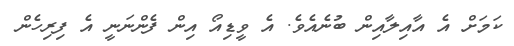
ކަމަށް އެ އާއިލާއިން ބުނެއެވެ. އެ ވީޑިއޯ އިން ފެންނަނީ އެ ފިރިހެން